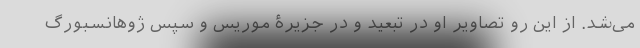
می‌شد. از این رو تصاویر او در تبعید و در جزیرۀ موریس و سپس ژوهانسبورگ